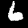
Digit: 6